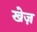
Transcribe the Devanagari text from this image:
खेज़